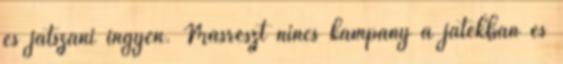
és játszani ingyen. Másrészt nincs kampány a játékban és